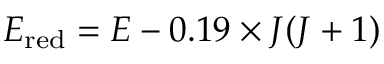
E _ { \mathrm { r e d } } = E - 0 . 1 9 \times J ( J + 1 )